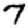
Digit: 7